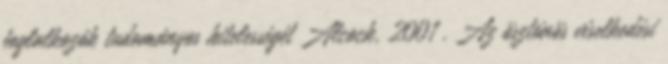
foglalkozók tudományos hitelességét Alcock, 2001 . Az ösztönös viselkedési